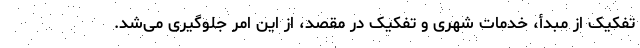
تفکیک از مبدأ، خدمات شهری و تفکیک در مقصد، از این امر جلوگیری می‌شد.